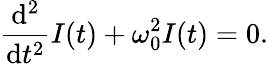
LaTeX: {\frac{\mathrm{d}^{2}}{\mathrm{d}t^{2}}}I(t)+\omega_{0}^{2}I(t)=0.